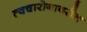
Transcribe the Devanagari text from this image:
त्वचारोगावरील